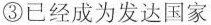
③已经成为发达国家